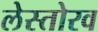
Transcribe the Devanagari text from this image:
लेस्तोरव